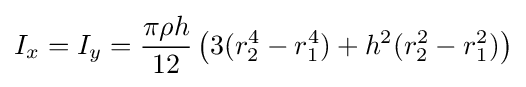
I_{x}=I_{y}={\frac {\pi \rho h}{12}}\left(3(r_{2}^{4}-r_{1}^{4})+h^{2}(r_{2}^{2}-r_{1}^{2})\right)